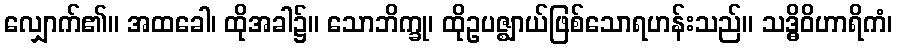
လျှောက်၏။ အထခေါ၊ ထိုအခါ၌။ သောဘိက္ခု၊ ထိုဥပဇ္ဈာယ်ဖြစ်သောရဟန်းသည်။ သဒ္ဓိဝိဟာရိကံ၊